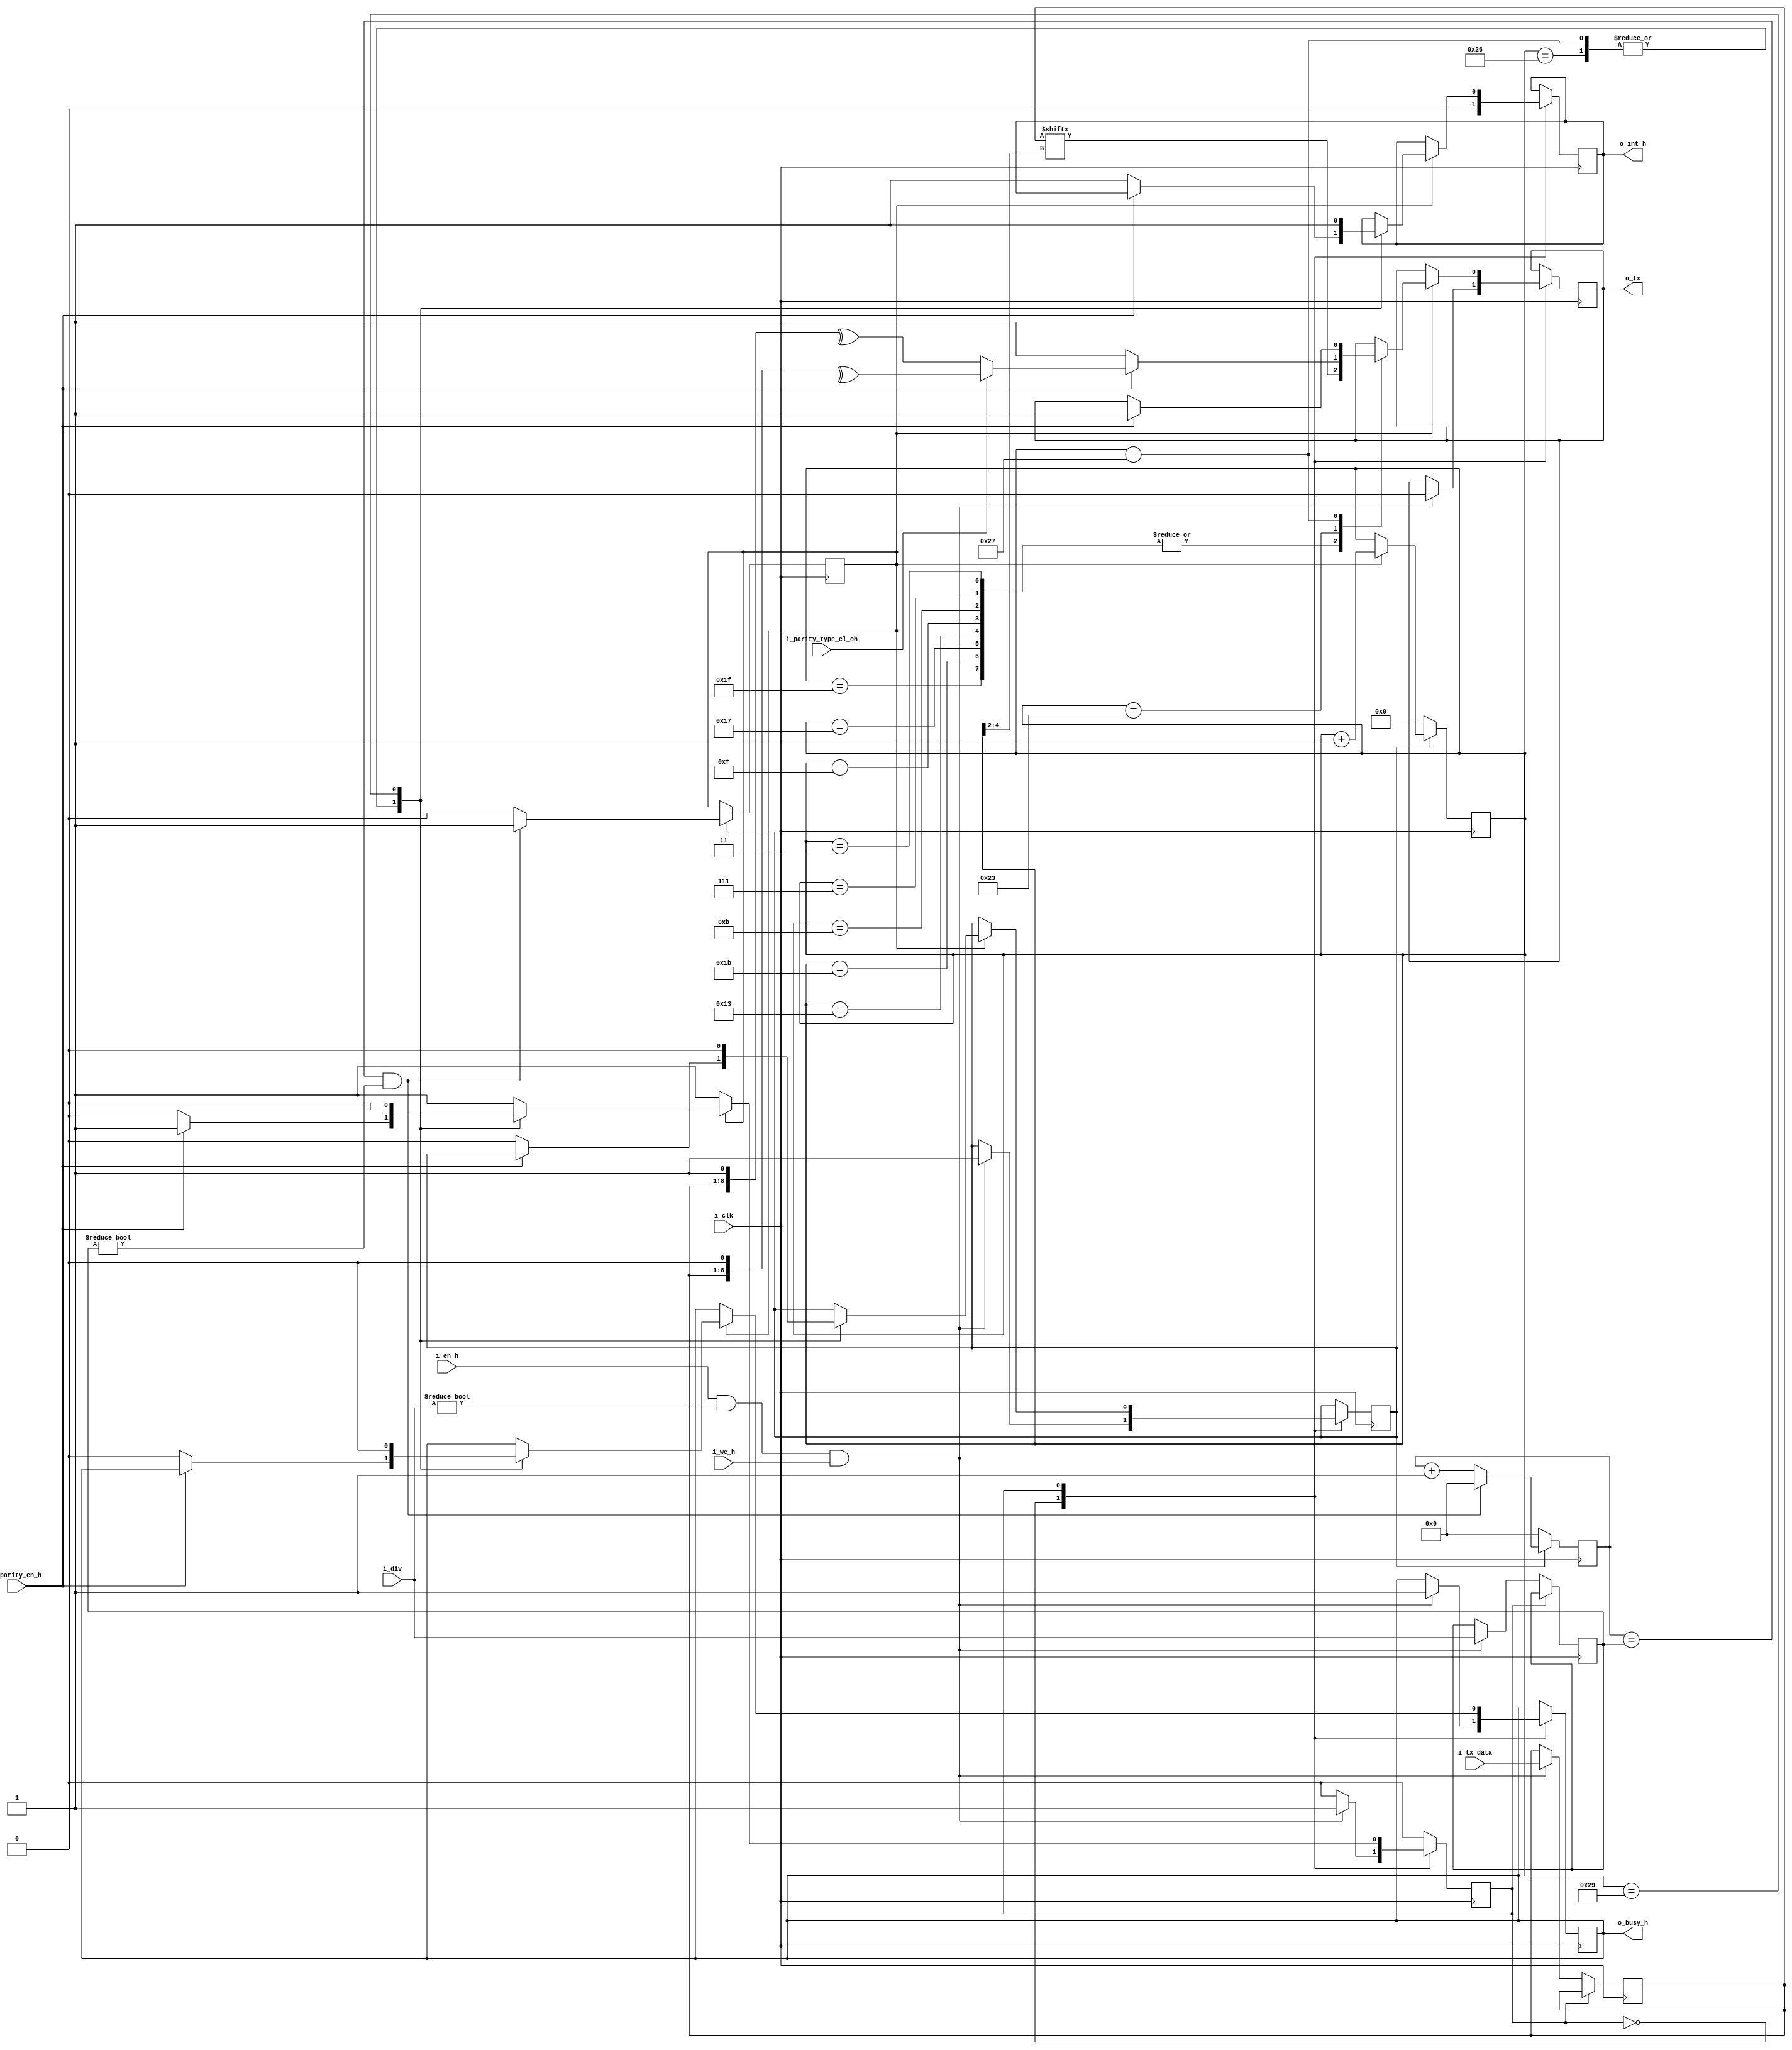
// Module UART TX DATA(RS-232)-------------------------------------------------
// INPUT:
// i_clk  - global system clk
// i_en_h - =1 enable TX module
// i_div  - set predelitel () DIV[16] = F(clk) / (4 * SPEED(bit/s))
// i_we_h - strob 
// i_tx_data - byte data to tx
// i_parity_en_h - bit parity disable(0) / enable (1)
// i_parity_type_el_oh - bit parity type E (Even parity)  proverka na chetnost O (Odd parity)  proverka na NE chetnost;
//
// format slova: 8N1, 8E1, 8O1. (start-data-stop), (start-data-parity-stop)
//
// OUTPUT:
// o_int_h - interrupt(ACTIVE HIGH), byte recive
// o_tx   - TX data RS232
//
// v2.0 2015
// stop bit zakanchivaem peredachu ranhe na 1 c_pulse
//=============================================================================
// DIV[16] = F(clk) / (4 * SPEED(bit/s))
// div115200 = 25000000(25MHz) / (4 * 115200) = 54.25 => 54(10) => 36(16)
//
//
//data	kolichestvo 1  bit chetnosti
//                       even odd
//0000000   0	            0  1
//1010001   3	            1  0
//1101001   4	            0  1
//1111111   7               1  0
//
//=============================================================================

//`define DEBUG

module uart_tx (
    input wire i_clk,              // Clk input
	 input wire i_en_h,             // module enable active-HIGH
	 input wire [15:0] i_div,       // div speed uart-rx. (baud = clk / div)
	 input wire [7:0] i_tx_data,    // data out
	 input wire i_we_h,             // we strob Active HIGH, tx_data write to modul

	 input wire i_parity_en_h,      // bit parity disable(0) / enable (1)
	 input wire i_parity_type_el_oh,// bit parity type E (Even parity)  proverka na chetnost O (Odd parity)  proverka na NE chetnost;
	 
	 output reg o_int_h = 0,        // strob interupt active-HIGH, rx->data out
	 output reg o_tx = 1,           // rs-232 output
	 output reg o_busy_h = 0        // (STATUS) busy=1 uart tx byte
	 
// debug -------------------------------
`ifdef DEBUG
    ,
    output wire pulse_o,
	 output wire [7:0] d,
	 output wire [5:0] c_pulse_t
`endif
);

parameter TX_WAIT_DATA = 1'b0, TX_START = 1'b1;//, TX_B0 = 2, TX_B1 = 3, TX_B2 = 4, TX_B3 = 5, TX_B4 = 6, TX_B5 = 7, TX_B6 = 8, TX_B7 = 9, TX_STOP = 10; 
reg state = TX_WAIT_DATA; // sostoyanie avtomata = nachalnoe sostoyanie avtomata

reg enable_counter = 0;          // signal razreheniya raboti countera DIV(predelitela)
reg [7:0] tx_d = 0;              // promuhutochiny buffer dla prinatie danie 8 bit ot system
reg [15:0] div_q = 0;            // counter dla predilitela
reg [15:0] div = 0;              // counter dla predilitela
reg pulse = 0;                   // 1 tic, raboti DIV(predelitela)
reg [5:0] c_pulse = 0;           // counter pulse, avtomat, otscheti po kotorim chitaem intervali TX


always @( posedge i_clk)
begin
    case (state)
	 TX_WAIT_DATA:                          // ohidaem zapisi danih strob we_h 0->1
	 begin
	     o_int_h <= 0;                        // Clear flag INT_H, itogo strob 1 takt !!!
        if (i_en_h && i_div != 0 && i_we_h) begin
		      div <= i_div;
		      state <= TX_START;
				enable_counter <= 1;
				o_tx <= 0;                       // send start
				tx_d <= i_tx_data;
				o_busy_h <= 1;                   // busy set, start tx byte
		  end
	 end
	 
    TX_START:
	 begin
	 if (pulse) begin
	     case (c_pulse)
		  3,//: o_tx <= tx_d[ 0 ];// tx 0 bit 
		  7,//: o_tx <= tx_d[ 1 ];// tx 1 bit
		  11,//: o_tx <= tx_d[ 2 ];// tx 2 bit
		  15,//: o_tx <= tx_d[ 3 ];// tx 3 bit
		  19,//: o_tx <= tx_d[ 4 ];// tx 4 bit
		  23,//: o_tx <= tx_d[ 5 ];// tx 5 bit
		  27,//: o_tx <= tx_d[ 6 ];// tx 6 bit
		  31:// o_tx <= tx_d[ 7 ];// tx 7 bit
		  begin
		      o_tx <= tx_d[ c_pulse[4:2] ];
		  end
		  
		  35: // parity | tx stop bit
		  begin
		      if (i_parity_en_h) begin
				    if (i_parity_type_el_oh == 0)
				        o_tx <= ^{tx_d, 1'b1}; // tx parity event
					 else
					     o_tx <= ^{tx_d, 1'b0}; // tx parity odd 
				end else o_tx <= 1;  // tx stop bit
		  end
		  
		  38:
		  begin
		      if (i_parity_en_h == 0) begin
				    enable_counter <= 0;
				    state <= TX_WAIT_DATA;
				    o_int_h <= 1;
				    o_busy_h <= 0;
				end 
          end
		  
		  39:
		  begin
		      if (i_parity_en_h) begin
				    o_tx <= 1;  // tx stop bit
				end else begin
				    enable_counter <= 0;
				    state <= TX_WAIT_DATA;
				    o_int_h <= 1;
				    o_busy_h <= 0;
				end 
		  end
		  
		  41:
		  begin
				enable_counter <= 0;
				state <= TX_WAIT_DATA;
				o_int_h <= 1;
				o_busy_h <= 0;
		  end
		  
		  endcase
	 end // if
	 end
 
	 endcase
end

//-----------------------------------------------------------------------------
// counter 1 tic * 4
//-----------------------------------------------------------------------------
always @(posedge i_clk)
begin
    if (enable_counter) begin
		      if (pulse)
				    c_pulse <= c_pulse + 1'b1;
	 end else 
	     c_pulse <= 0;
end

//-----------------------------------------------------------------------------
// counter bit interval / 4
//-----------------------------------------------------------------------------
always @( posedge i_clk )
begin
    if (enable_counter == 0) begin
	     div_q <= 0;
	 end else begin
        if (div_q == div && div != 0) begin
	         div_q <= 0;
		      pulse <= 1;
	     end else begin
	         pulse <= 0;
            div_q <= div_q + 1'b1;
		  end
	 end
end

`ifdef DEBUG
assign pulse_o = pulse;
assign d = tx_d;
assign c_pulse_t = c_pulse;
`endif

endmodule